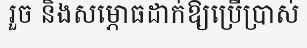
រួច និងសម្ភោធដាក់ឱ្យប្រើប្រាស់